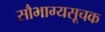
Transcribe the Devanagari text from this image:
सौभाग्यसूचक